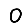
Digit: 0